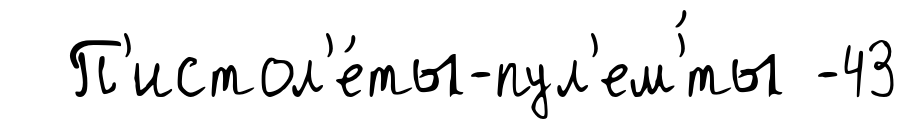
П'истол'е́ты-пул'ем'́ты -43